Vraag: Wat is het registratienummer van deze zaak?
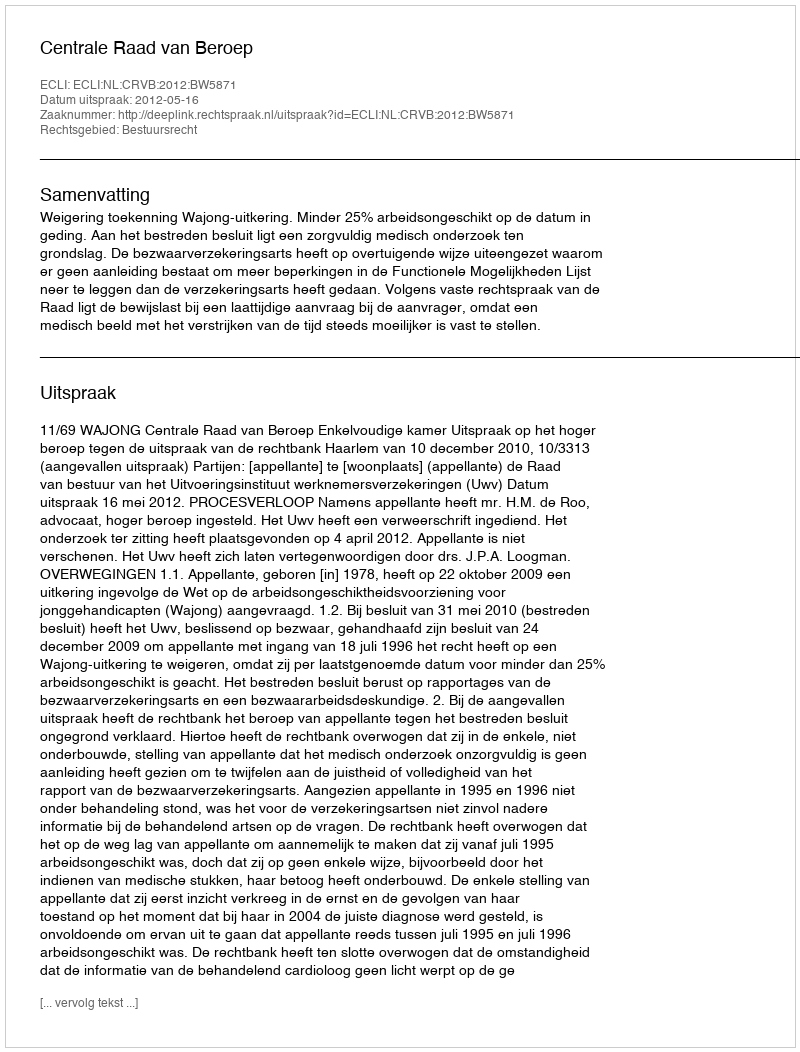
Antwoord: http://deeplink.rechtspraak.nl/uitspraak?id=ECLI:NL:CRVB:2012:BW5871